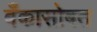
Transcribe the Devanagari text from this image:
बँकासोबत